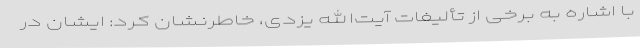
با اشاره به برخی از تألیفات آیت‌الله یزدی، خاطرنشان کرد: ایشان در